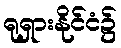
ရုရှားနိုင်ငံ၌